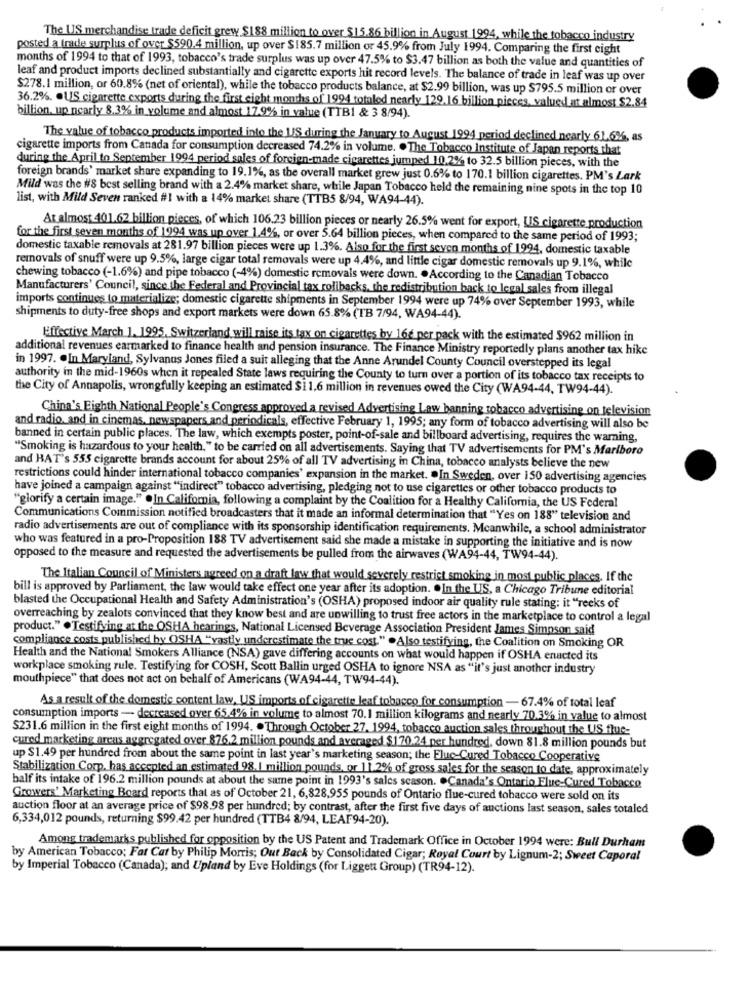
The US merchandise trade deficit grew $188 million to over $15.86 billion in August 1994, while the tobacco industry
posted a trade surplus of over $590.4 million, up over $185.7 million or 45.9% from July 1994. Comparing the first eight
months of 1994 to that of 1993, tobacco's trade surplus was up over 47.5% to $3.47 billion as both the value and quantities of
leaf and product imports declined substantially and cigarette exports hit record levels. The balance of trade in leaf was up over
$278.1 million, or 60.8% (net of oriental), while the tobacco products balance, at $2.99 billion, was up $795.5 million or over
36.2%. . US cigarette exports during the first eight months of 1994 totaled nearly 129,16 billion pieces, valued at almost $2.84
billion, up nearly 8.3% in volume and almost 17.9% in value (TTB1 & 3 8/94).
The value of tobacco products imported into the US during the January to August 1994 period declined nearly 61.6%, as
cigarette imports from Canada for consumption decreased 74.2% in volume. . The Tobacco Institute of Japan reports that
during the April to September 1994 period sales of foreign-made cigarettes jumped 10.2% to 32.5 billion pieces, with the
foreign brands' market share expanding to 19.1%, as the overall market grew just 0.6% to 170.1 billion cigarettes. PM's Lark
Mild was the #8 best selling brand with a 2.4% market share, while Japan Tobacco held the remaining nine spots in the top 10
list, with Mild Seven ranked #1 with a 14% market share (TTB5 8/94, WA94-44).
At almost 401.62 billion pieces, of which 106.23 billion pieces or nearly 26.5% went for export, US cigarette production
for the first seven months of 1994 was up over 1.4%, or over 5.64 billion pieces, when compared to the same period of 1993;
domestic taxable removals at 281.97 billion pieces were up 1.3%. Also for the first seven months of 1994, domestic taxable
removals of snuff were up 9.5%, large cigar total removals were up 4.4%, and little cigar domestic removals up 9.1%, while
chewing tobacco (-1.6%) and pipe tobacco (-4%) domestic removals were down. . According to the Canadian Tobacco
Manufacturers' Council, since the Federal and Provincial tax rolibacks, the redistribution back to legal sales from illegal
imports continues to materialize; domestic cigarette shipments in September 1994 were up 74% over September 1993, while
shipments to duty-free shops and export markets were down 65.8% (TB 7/94, WA94-44).
Effective March 1. 1995, Switzerland will raise its tax on cigarettes by 16e per pack with the estimated $962 million in
additional revenues earmarked to finance health and pension insurance. The Finance Ministry reportedly plans another tax hike
in 1997. . In Maryland, Sylvanus Jones filed a suit alleging that the Anne Arundel County Council overstepped its legal
authority in the mid-1960s when it repealed State laws requiring the County to turn over a portion of its tobacco tax receipts to
the City of Annapolis, wrongfully keeping an estimated $1 1,6 million in revenues owed the City (WA94-44, TW94-44).
China's Eighth National People's Congress approved a revised Advertising Law banning tobacco advertising on television
and radio, and in cinemas, newspapers and periodicals, effective February 1, 1995; any form of tobacco advertising will also be
banned in certain public places. The law, which exempts poster, point-of-sale and billboard advertising, requires the warning,
"Smoking is hazardous to your health," to be carried on all advertisements. Saying that TV advertisements for PM's Marlboro
and HAT's 555 cigarette brands account for about 25% of all TV advertising in China, tobacco analysts believe the new
restrictions could hinder international tobacco companies' expansion in the market. . In Sweden, over 150 advertising agencies
have joined a campaign against "indirect" tobacco advertising, pledging not to use cigarettes or other tobacco products to
""glorify a certain image." . In California, following a complaint by the Coalition for a Healthy California, the US Federal
Communications Commission notified broadcasters that it made an informal determination that "Yes on 188" television and
radio advertisements are out of compliance with its sponsorship identification requirements. Meanwhile, a school administrator
who was featured in a pro-Proposition 188 TV advertisement said she made a mistake in supporting the initiative and is now
opposed to the measure and requested the advertisements be pulled from the airwaves (WA94-44, TW94-44).
The Italian Council of Ministers agreed on a draft law that would severely restrict smoking in most public places. If the
bill is approved by Parliament, the law would take effect one year after its adoption. . In the US, a Chicago Tribune editorial
blasted the Occupational Health and Safety Administration's (OSHA) proposed indoor air quality rule stating: it "reeks of
overreaching by zealots convinced that they know best and are unwilling to trust free actors in the marketplace to control a legal
product." . Testifying at the OSHA hearings, National Licensed Beverage Association President James Simpson said
compliance costs published by OSHA "vastly underestimate the true cost." .Also testifying, the Coalition on Smoking OR
Health and the National Smokers Alliance (NSA) gave differing accounts on what would happen if OSHA enacted its
workplace smoking rule. Testifying for COSH, Scott Ballin urged OSHA to ignore NSA as "it's just another industry
mouthpiece" that does not act on behalf of Americans (WA94-44, TW94-44).
As a result of the domestic content law, US imports of cigarette leaf tobacco for consumption - 67.4% of total leaf
consumption imports - decreased over 65.4% in volume to almost 70.1 million kilograms and nearly 70.3% in value to almost
$231.6 million in the first eight months of 1994. . Through October 27. 1994, tobacco auction sales throughout the US flue-
cured marketing arcus aggregated over 876.2 million pounds and averaged $170.24 per hundred, down 81.8 million pounds but
up $1.49 per hundred from about the same point in last year's marketing season; the Fluc-Cured Tobacco Cooperative
Stabilization Corp, has accepted an estimated 98.1 million pounds, or 11.2% of gross sales for the season to date, approximately
balf its intake of 196.2 million pounds at about the same point in 1993's sales season. . Canada's Ontario Fluc-Cured Tobacco
Growers' Marketing Board reports that as of October 21, 6,828,955 pounds of Ontario flue-cured tobacco were sold on its
auction floor at an average price of $98.98 per hundred; by contrast, after the first five days of auctions last season, sales totaled
6,334,012 pounds, returning $99.42 per hundred (TTB4 8/94, LEAF94-20).
Among trademarks published for opposition by the US Patent and Trademark Office in October 1994 were: Bull Durham
by American Tobacco; Fat Cat by Philip Morris; Out Back by Consolidated Cigar; Royal Court by Lignum-2; Sweet Caporal
by Imperial Tobacco (Canada); and Upland by Eve Holdings (for Liggett Group) (TR94-12).